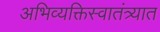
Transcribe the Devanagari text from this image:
अभिव्यक्तिस्वातंत्र्यात